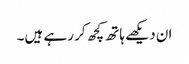
ان دیکھے ہاتھ کچھ کر رہے ہیں۔